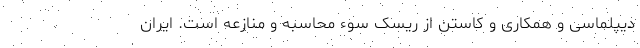
دیپلماسی و همکاری و کاستن از ریسک سوء محاسبه و منازعه است. ایران